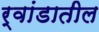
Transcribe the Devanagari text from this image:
र्‍वांडातील